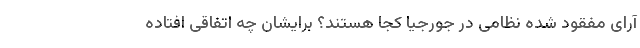
آرای مفقود شده نظامی در جورجیا کجا هستند؟ برایشان چه اتفاقی افتاده